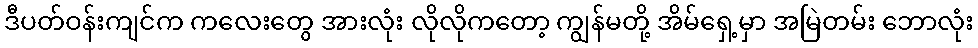
ဒီပတ်ဝန်းကျင်က ကလေးတွေ အားလုံး လိုလိုကတော့ ကျွန်မတို့ အိမ်ရှေ့မှာ အမြဲတမ်း ဘောလုံး